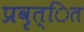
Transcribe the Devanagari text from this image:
प्रवृत्ित